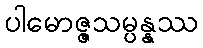
ပါမောဇ္ဇသမ္ပန္နဿ